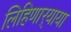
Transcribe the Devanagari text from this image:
लिहिणार्‍याया